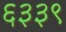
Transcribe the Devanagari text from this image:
६३३९